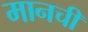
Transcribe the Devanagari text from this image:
मानची